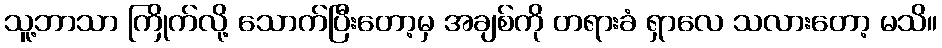
သူ့ဘာသာ ကြိုက်လို့ သောက်ပြီးတော့မှ အချစ်ကို တရားခံ ရှာလေ သလားတော့ မသိ။